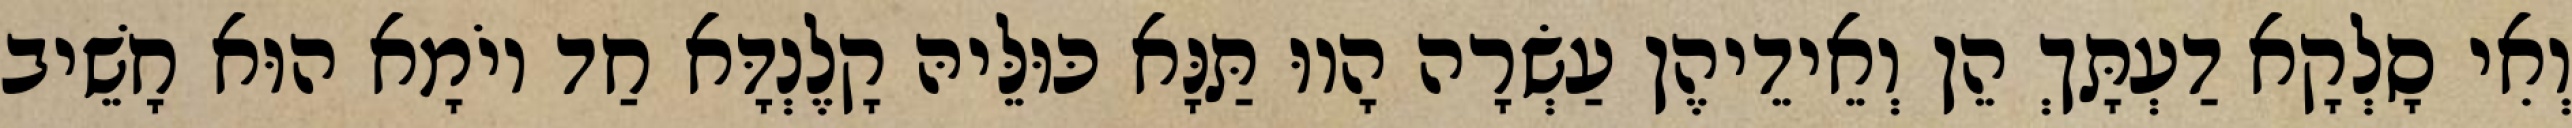
וְאִי סָלְקָא דַעְתָּךְ הֵן וְאֵידֵיהֶן עַשְׂרָה הָווּ תַּנָּא כּוּלֵּיהּ קָלֶנְדָּא חַד יוֹמָא הוּא חָשֵׁיב